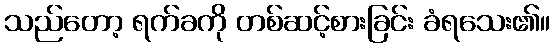
သည်တော့ ရက်ခကို တစ်ဆင့်စားခြင်း ခံရသေး၏။